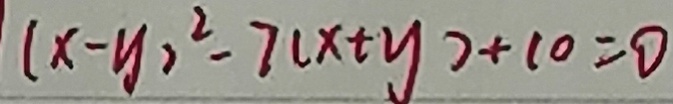
( x - y ) ^ { 2 } - 7 ( x + y ) + 1 0 = 0